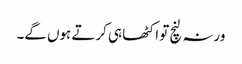
ورنہ لنچ تو اکٹھا ہی کرتے ہوں گے۔